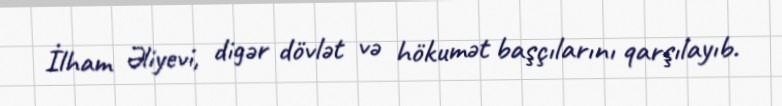
İlham Əliyevi, digər dövlət və hökumət başçılarını qarşılayıb.